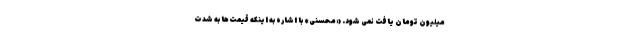
میلیون تومان یافت نمی شود. «محسنی» با اشاره به اینکه قیمت‌ها به‌ شدت